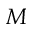
M